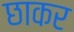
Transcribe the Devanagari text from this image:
छाकर